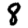
Digit: 8